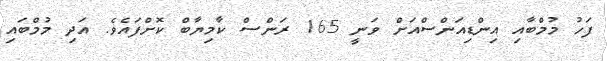
ފަހު މުމްބާއި އިންޑިއަންސްއަށް ވަނީ 165 ރަންސް ކާމިޔާބް ކޮށްފައެވެ. އަދި މުމްބައި